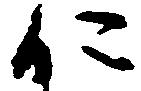
仁